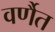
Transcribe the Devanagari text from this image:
वर्णैत